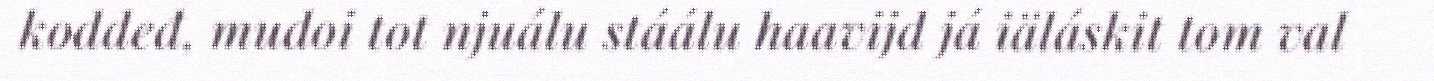
koddeđ, mudoi tot njuálu stáálu haavijd já iäláskit tom val